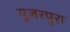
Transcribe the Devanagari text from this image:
गुजरपुरा